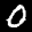
Label: 0